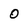
Character: 0